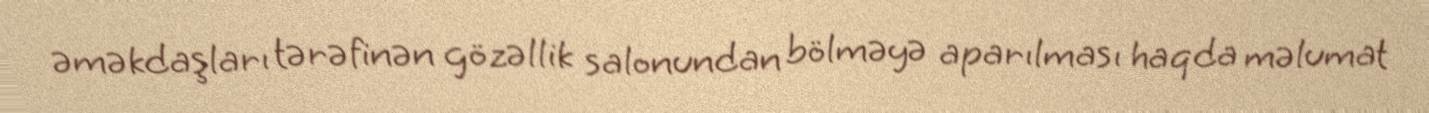
əməkdaşları tərəfinən gözəllik salonundan bölməyə aparılması haqda məlumat